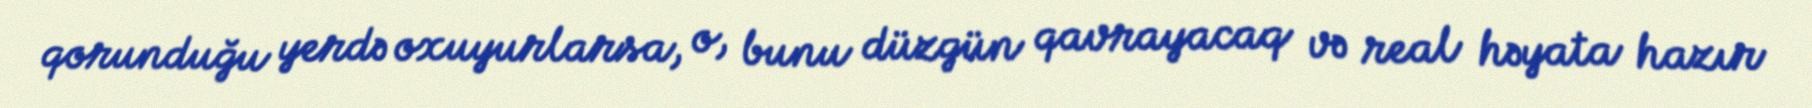
qorunduğu yerdə oxuyurlarsa, o, bunu düzgün qavrayacaq və real həyata hazır